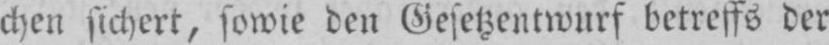
chen sichert, sowie den Gesetzentwurf betreffs der